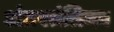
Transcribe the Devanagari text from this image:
अंतरतंत्रिका